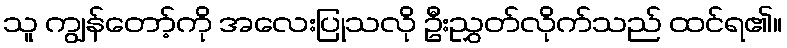
သူ ကျွန်တော့်ကို အလေးပြုသလို ဦးညွှတ်လိုက်သည် ထင်ရ၏။